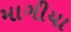
માગીયા